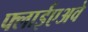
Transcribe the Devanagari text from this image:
फ्लाईएअवे